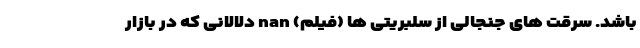
باشد. سرقت های جنجالی از سلبریتی ها (فیلم) nan دلالانی که در بازارِ